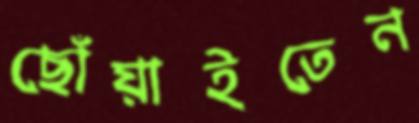
ছোঁয়াইতেন